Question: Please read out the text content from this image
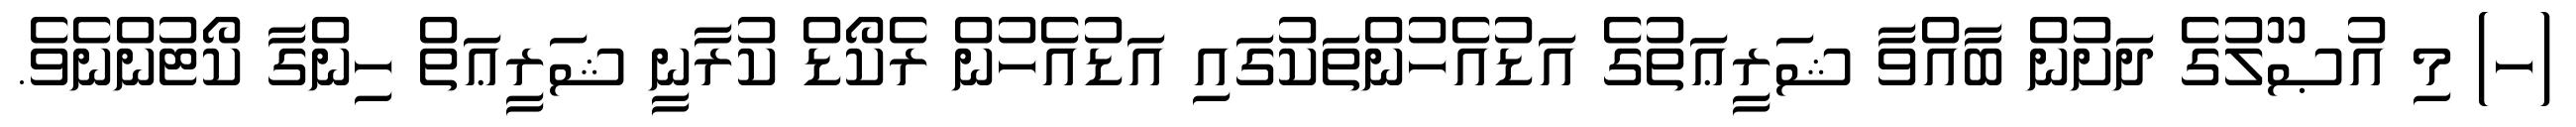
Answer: (ހ) މި އުޞޫލުގެ ދަށުން ބާއްވާ ޝަރީޢަތުގެ އަޑުއެހުންތަކުގައި އަޑުއެހުން ރެކޯޑް ކުރާނީ ޝަރީޢަތް ހިންގާ ކޯޓުންނެވެ.